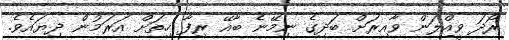
ރޯދަ ވީއްލަން ވާއިރަށް ބަދިގެ ނިމޭނެ ބާއޭ ރިފާ ހިތަށް އަރަމުން ދިޔައެވެ.